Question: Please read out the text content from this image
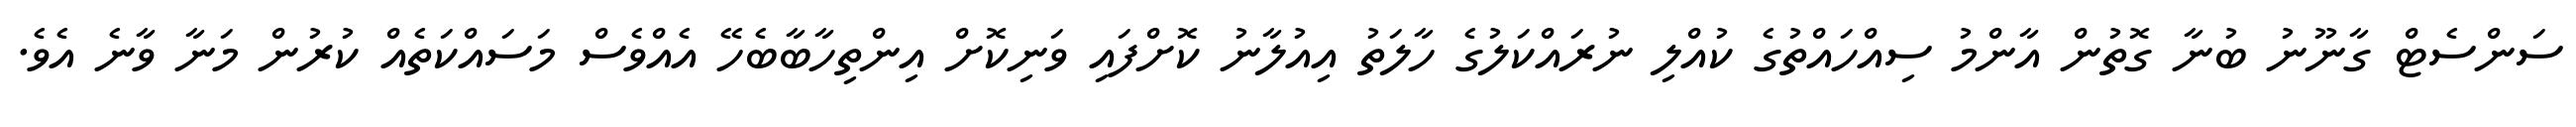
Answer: ސަންސެޓް ގާނޫނު ބުނާ ގޮތުން އާންމު ސިއްހައްތުގެ ކުއްލި ނުރައްކަލުގެ ހާލަތު އިއުލާނު ކޮށްފައި ވަނިކޮށް އިންތިހާބާބެހޭ އެއްވެސް މަސައްކަތެއް ކުރުން މަނާ ވާނެ އެވެ.